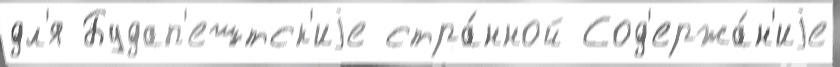
дл'я Будап'ештск'иjе стра́нной Сод'ержа́н'иjе